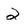
Character: 2